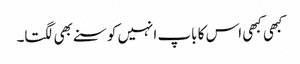
کبھی کبھی اس کا باپ انہیں کوسنے بھی لگتا۔